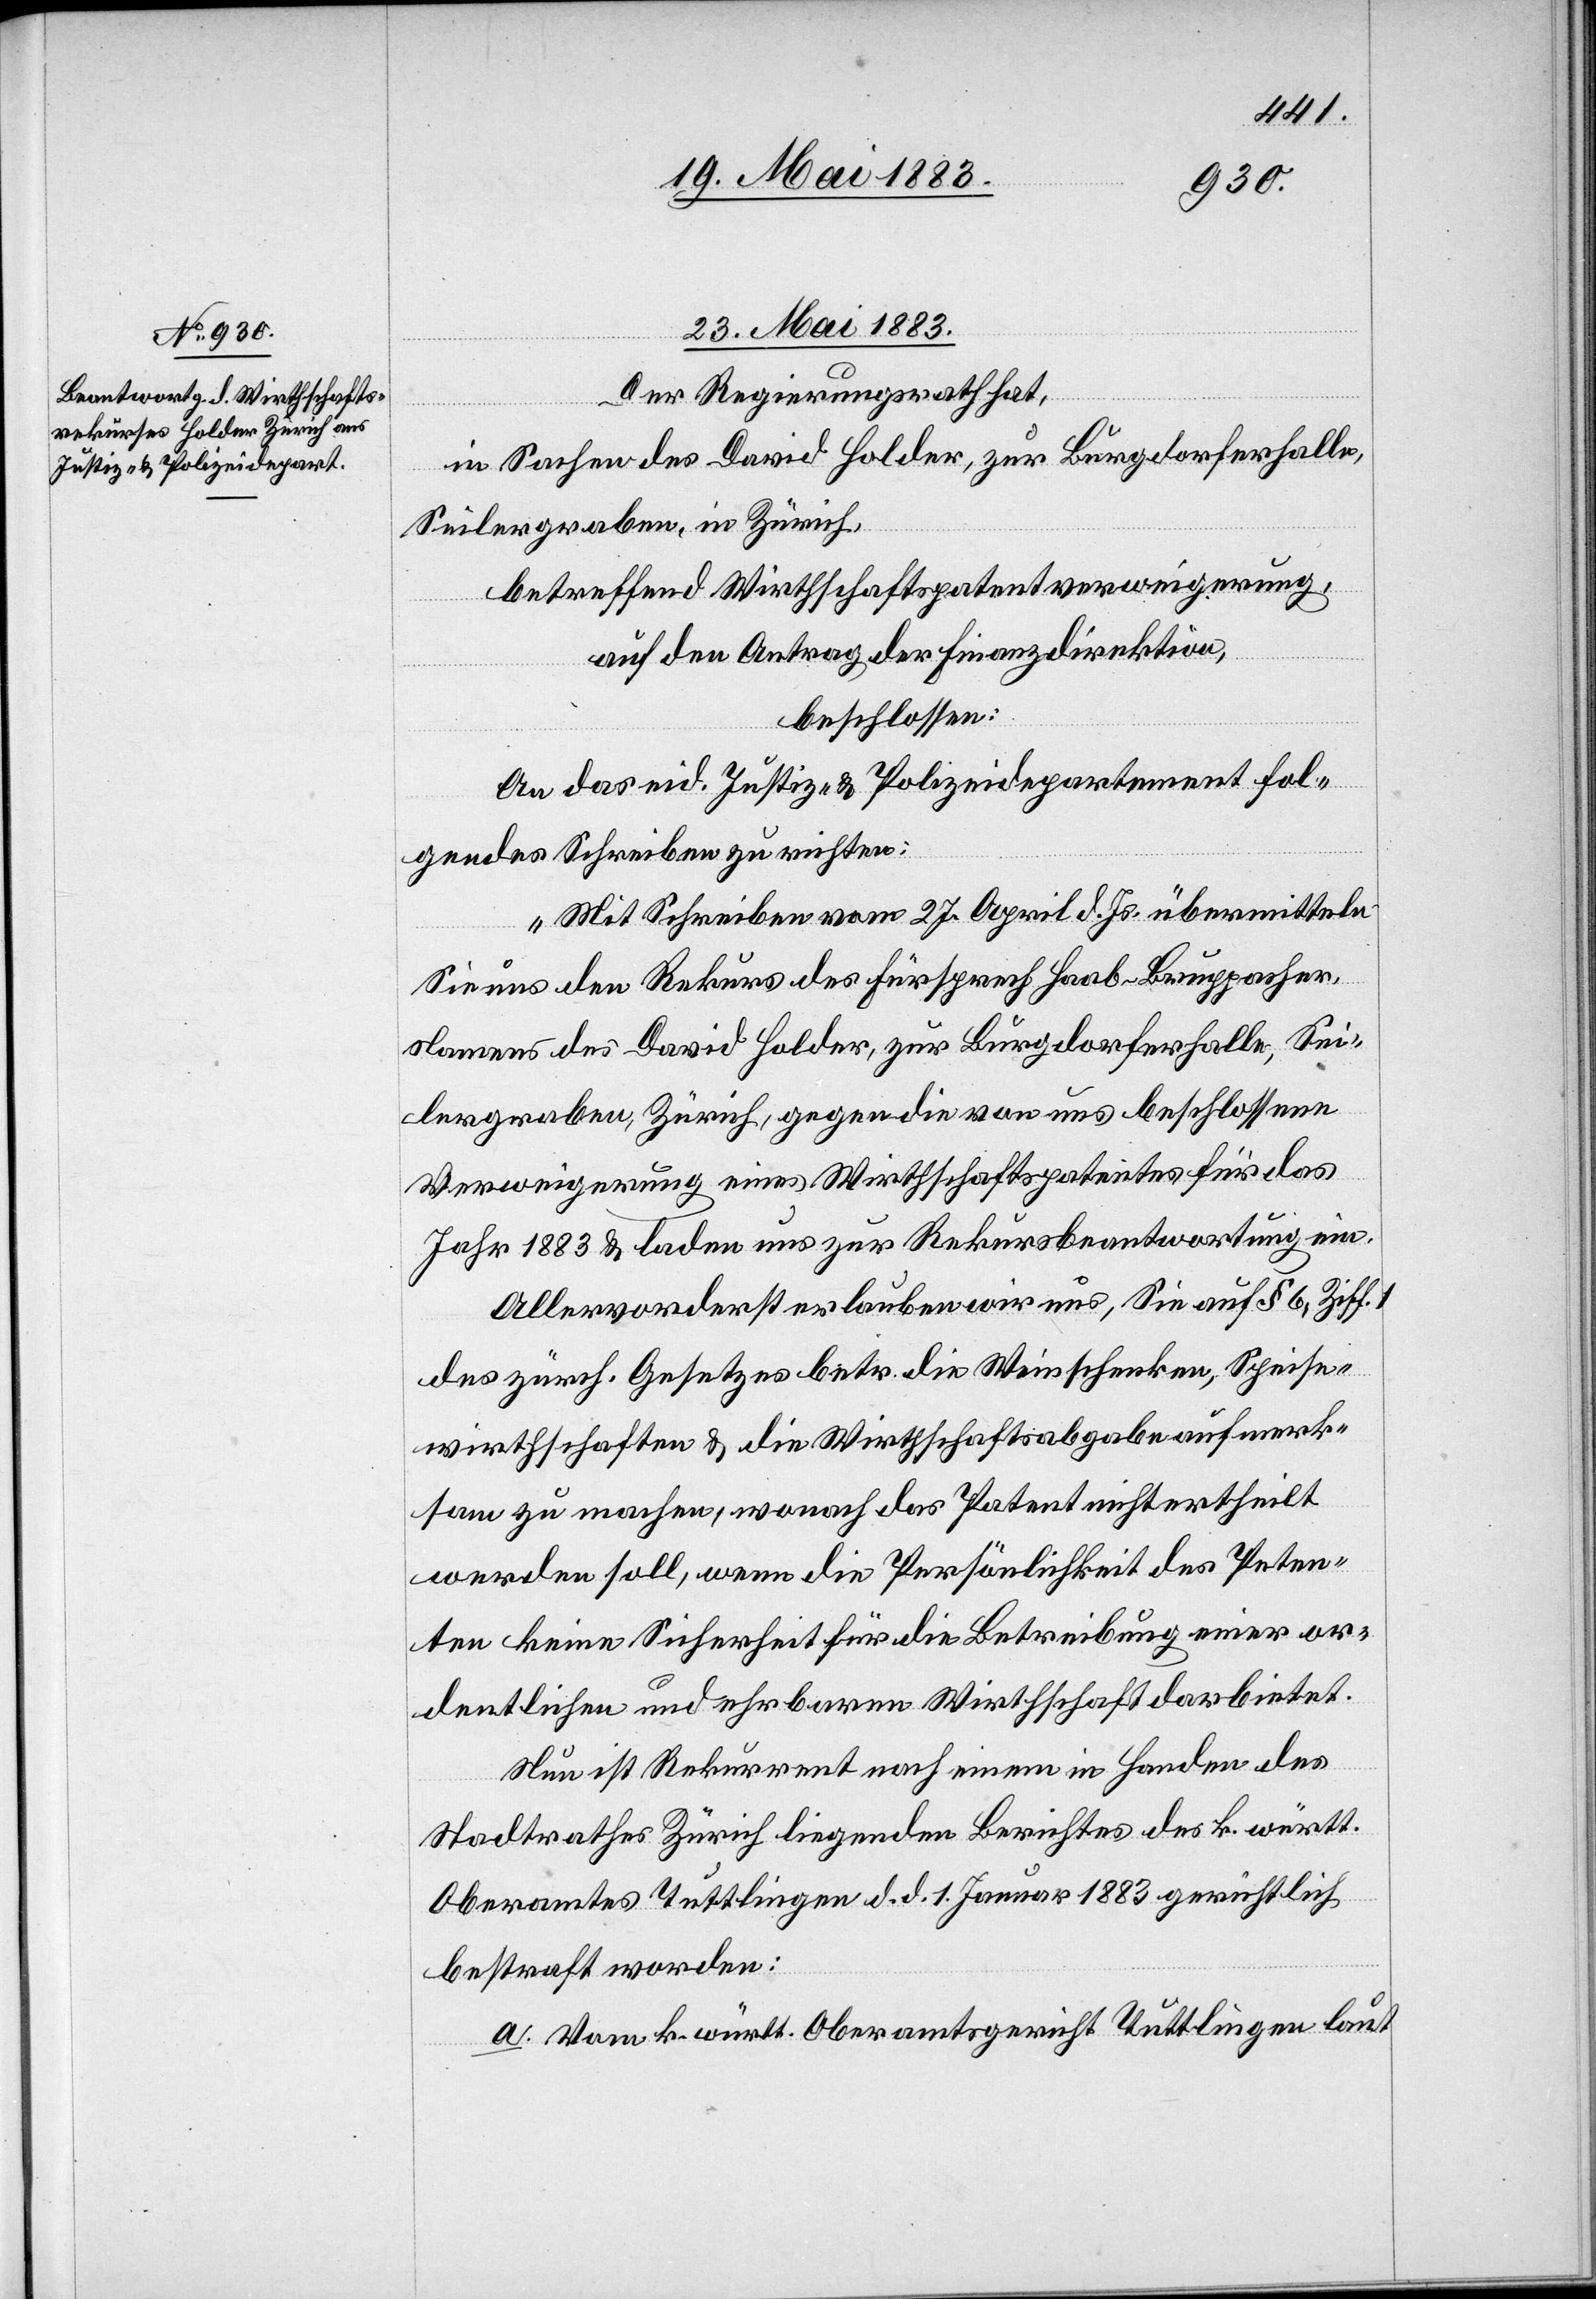
23. Mai 1883.
Der Regierungsrath hat,
in Sachen des David Holder, zur Burgdorferhalle,
Seilergraben, in Zürich,
betreffend Wirthschaftspatentverweigerung,
auf den Antrag der Finanzdirektion,
beschlossen:
An das eid. Justiz- & Polizeidepartement fol¬
gendes Schreiben zu richten:
„Mit Schreiben vom 27. April d. Js. übermittelten
Sie uns den Rekurs des Fürsprech Haab-Bruppacher,
Namens des David Holder, zur Burgdorferhalle, Sei¬
lergraben, Zürich gegen die von uns beschlossene
Verweigerung eines Wirthschaftspatentes für das
Jahr 1883 & laden uns zur Rekursbeantwortung ein.
Allervorderst erlauben wir uns, Sie auf § 6, Ziff.
des zürch. Gesetzes betr. die Weinschenken, Speise¬
wirthschaften & die Wirthschaftsabgabe aufmerk¬
sam zu machen, wonach das Patent nicht ertheilt
werden soll, wenn die Persönlichkeit des Peten¬
ten keine Sicherheit für die Betreibung einer or¬
dentlichen und ehrbaren Wirthschaft darbietet.
Nun ist Rekurrent nach einem in Handen des
Stadtrathes Zürich liegenden Berichtes des k. württ.
Oberamtes Tuttlingen d. d. 1. Januar 1883 gerichtlich
bestraft worden:
a. Vom k. württ. Oberamtsgericht Tuttlingen laut